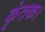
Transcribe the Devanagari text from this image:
कृंतक।